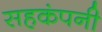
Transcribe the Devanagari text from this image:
सहकंपनी